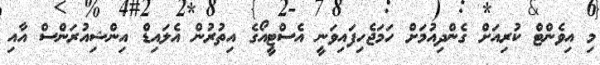
މި އިވެންޓް ކުރިއަށް ގެންދިއުމަށް ހަމަޖެހިފައިވަނީ އެސްޓީއޯގެ އިތުރުން އެލައިޑް އިންޝިއުރަންސް އާއި